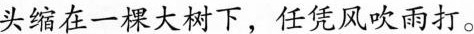
头缩在一棵大树下，任凭风吹雨打。